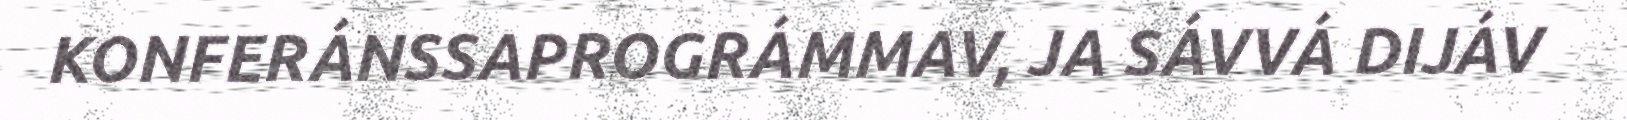
KONFERÁNSSAPROGRÁMMAV, JA SÁVVÁ DIJÁV